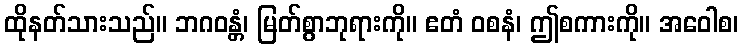
ထိုနတ်သားသည်။ ဘဂဝန္တံ၊ မြတ်စွာဘုရားကို။ ဧတံ ဝစနံ၊ ဤစကားကို။ အဝေါစ၊